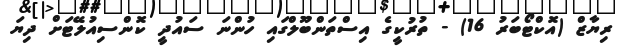
ރިޔާޒް (އޮކްޓޯބަރު 16) - ތުރުކީގެ އިސްތަންބޫލްގައި ހުންނަ ސައުދީ ކޮންސިއުލޭޓަށް ދިޔަ